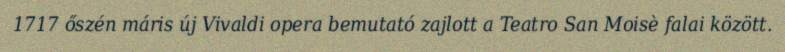
1717 őszén máris új Vivaldi opera bemutató zajlott a Teatro San Moisè falai között.